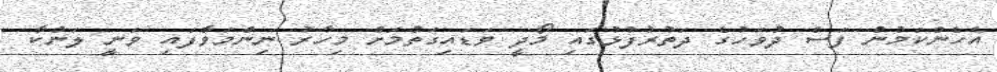
އެހެންކަމުން ފަސް ދުވަހުގެ ދަތުރުފުޅުގައި މޯދީ ވަޑައިގަތުމަށް މިހާރު ނިންމަވާފައި ވަނީ ލަންކާ